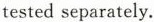
tested separately.